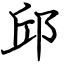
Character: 邱